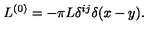
L ^ { ( 0 ) } = - \pi L \delta ^ { i j } \delta ( x - y ) .